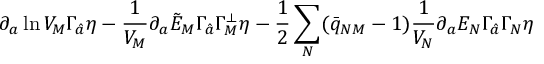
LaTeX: \partial _ { a } \ln V _ { M } \Gamma _ { \hat { a } } \eta - { \frac { 1 } { V _ { M } } } \partial _ { a } \tilde { E } _ { M } \Gamma _ { \hat { a } } \Gamma _ { M } ^ { \perp } \eta - { \frac { 1 } { 2 } } \sum _ { N } ( \bar { q } _ { N M } - 1 ) { \frac { 1 } { V _ { N } } } \partial _ { a } E _ { N } \Gamma _ { \hat { a } } \Gamma _ { N } \eta \qquad \qquad